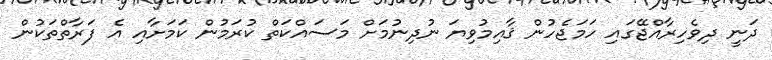
ދަނީ ދިވެހިރާއްޖޭގައި ހަމަޖެހުން ޤާއިމުވިޔަ ނުދިނުމަށް މަސައްކަތް ކުރަމުން ކަމަށާއި އެ ފަރާތްތަކުން